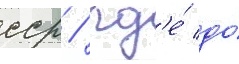
сср / гд'е́ до́